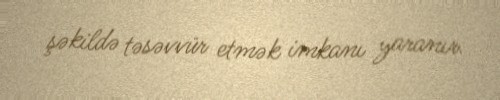
şəkildə təsəvvür etmək imkanı yaranır.